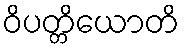
ဝိပတ္တိယောတိ